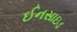
ઈનસાઇડ